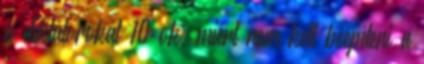
a diktátorokat 10 ok, miért nem kell beépíteni a